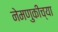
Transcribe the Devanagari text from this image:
नेमणुकीच्या